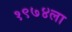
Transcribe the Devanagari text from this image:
१९७४ला